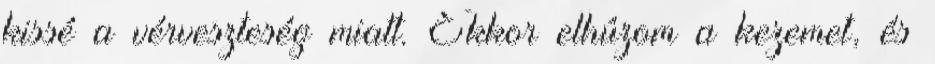
kissé a vérveszteség miatt. Ekkor elhúzom a kezemet, és